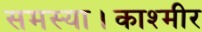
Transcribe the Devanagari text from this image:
समस्या।काश्मीर